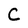
Character: C